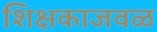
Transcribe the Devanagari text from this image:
शिक्षकाजवळ